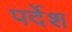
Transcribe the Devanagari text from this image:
पर्देश